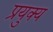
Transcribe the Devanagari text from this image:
प्रयुक्य